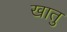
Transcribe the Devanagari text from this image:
खातु